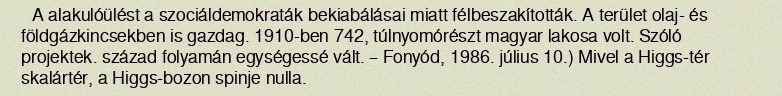
A alakulóülést a szociáldemokraták bekiabálásai miatt félbeszakították. A terület olaj- és földgázkincsekben is gazdag. 1910-ben 742, túlnyomórészt magyar lakosa volt. Szóló projektek. század folyamán egységessé vált. – Fonyód, 1986. július 10.) Mivel a Higgs-tér skalártér, a Higgs-bozon spinje nulla.